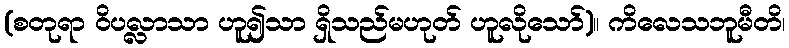
(စတုရာ ဝိပလ္လာသာ ဟူ၍သာ ရှိသည်မဟုတ် ဟူလိုသော်)။ ကိလေသဘူမီတိ၊